Lunatic asylums Central Provinces reports 1910-1926 - 1910-1926
Year: 1910
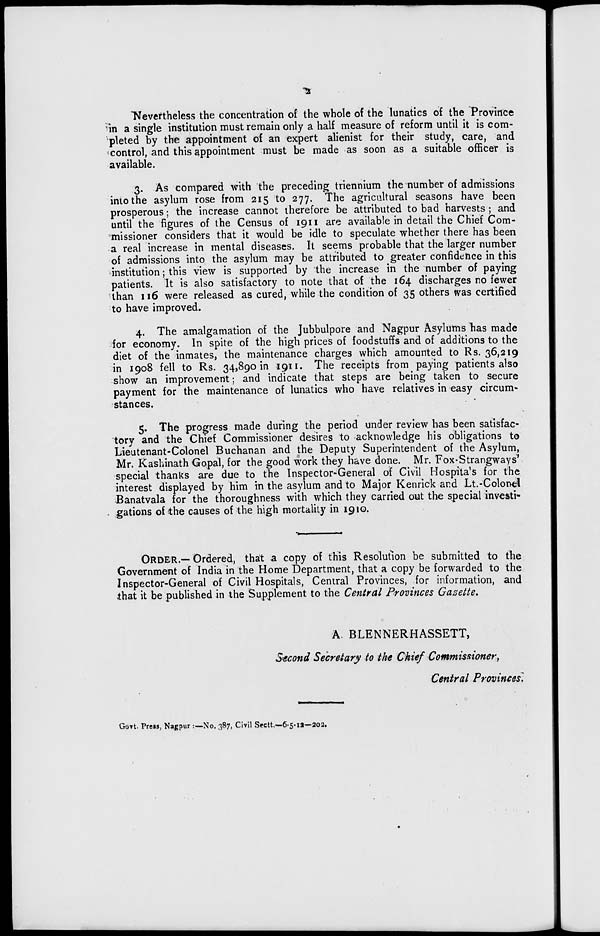
2
Nevertheless the concentration of the whole of the lunatics of the Province
in a single institution must remain only a half measure of reform until it is com-
pleted by the appointment of an expert alienist for their study, care, and
control, and this appointment must be made as soon as a suitable officer is
available.
3. As compared with the preceding triennium the number of admissions
into the asylum rose from 215 to 277. The agricultural seasons have been
prosperous; the increase cannot therefore be attributed to bad harvests ; and
until the figures of the Census of 1911 are available in detail the Chief Com-
missioner considers that it would be idle to speculate whether there has been
a real increase in mental diseases. It seems probable that the larger number
of admissions into the asylum may be attributed to greater confidence in this
institution; this view is supported by the increase in the number of paying
patients. It is also satisfactory to note that of the 164 discharges no fewer
than 116 were released as cured, while the condition of 35 others was certified
to have improved.
4. The amalgamation of the Jubbulpore and Nagpur Asylums has made
for economy. In spite of the high prices of foodstuffs and of additions to the
diet of the inmates, the maintenance charges which amounted to Rs. 36,219
in 1908 fell to Rs. 34,890 in 1911. The receipts from paying patients also
show an improvement; and indicate that steps are being taken to secure
payment for the maintenance of lunatics who have relatives in easy circum-
stances.
5. The progress made during the period under review has been satisfac-
tory and the Chief Commissioner desires to acknowledge his obligations to
Lieutenant-Colonel Buchanan and the Deputy Superintendent of the Asylum,
Mr. Kashinath Gopal, for the good work they have done. Mr. Fox-Strangways'
special thanks are due to the Inspector-General of Civil Hospita's for the
interest displayed by him in the asylum and to Major Kenrick and Lt.-Colonel
Banatvala for the thoroughness with which they carried out the special investi-
gations of the causes of the high mortality in 1910.
ORDER.— Ordered, that a copy of this Resolution be submitted to the
Government of India in the Home Department, that a copy be forwarded to the
Inspector-General of Civil Hospitals, Central Provinces, for information, and
that it be published in the Supplement to the Central Provinces Gazette.
A. BLENNERHASSETT,
Second Secretary to the Chief Commissioner,
Central Provinces.
Govt. Press, Nagpur :—No. 387, Civil Sectt.—6-5-12—202.